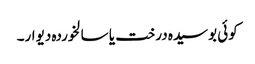
کوئی بوسیدہ درخت یا سالخوردہ دیوار۔